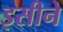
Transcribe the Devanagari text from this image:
इसीने